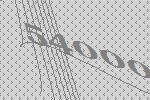
54000